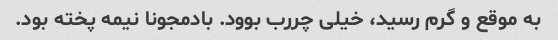
به موقع و گرم رسید، خیلی چررب بوود. بادمجونا نیمه پخته بود.